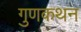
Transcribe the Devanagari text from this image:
गुणकथन